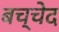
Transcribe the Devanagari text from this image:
बच्चेद